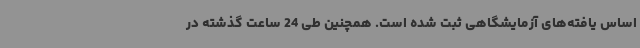
اساس یافته‌های آزمایشگاهی ثبت شده است. همچنین طی 24 ساعت گذشته در